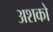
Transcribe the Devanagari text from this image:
अशको